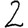
Digit: 2